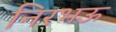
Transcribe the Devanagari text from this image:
निरभऊ